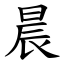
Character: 晨